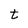
Character: t